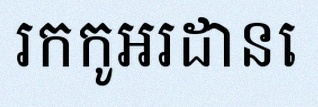
រកកូអរដោនេ